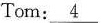
Tom:\underline{4}